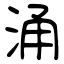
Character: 涌